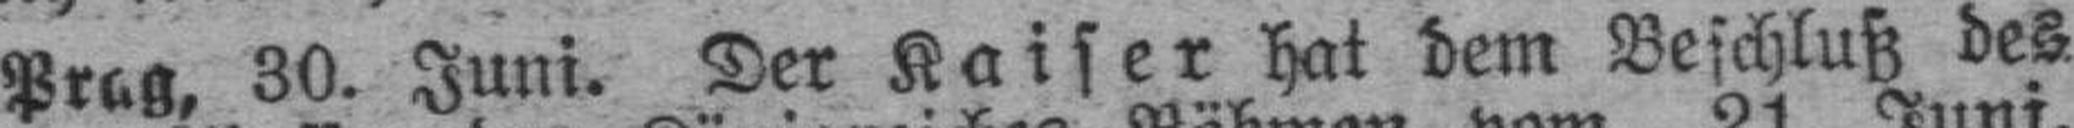
Prag, 30. Juni. Der Kaiser hat dem Beschluß des